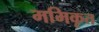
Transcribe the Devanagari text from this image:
ममिकृत